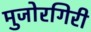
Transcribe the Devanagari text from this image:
मुजोरगिरी